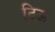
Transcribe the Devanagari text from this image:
टिऊ